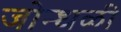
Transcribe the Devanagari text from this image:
जोन्धळी